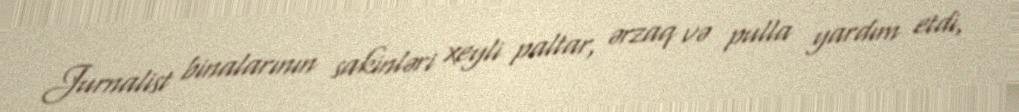
Jurnalist binalarının sakinləri xeyli paltar, ərzaq və pulla yardım etdi,